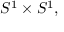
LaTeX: S ^ { 1 } \times S ^ { 1 } ,